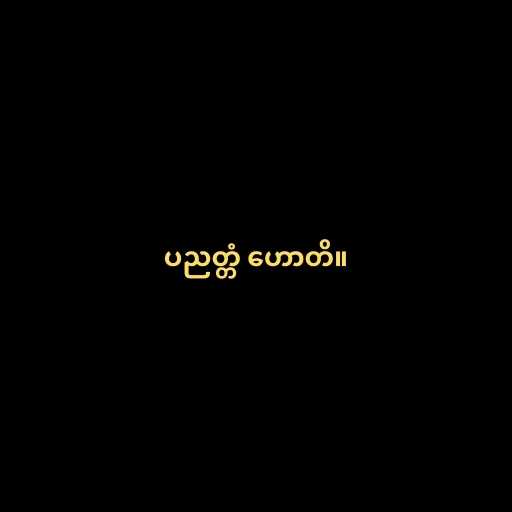
ပညတ္တံ ဟောတိ။